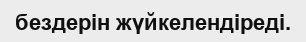
бездерін жүйкелендіреді.